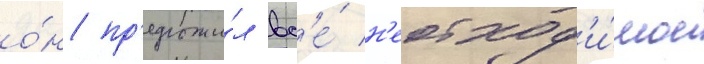
о́н пр'едложи́л вс'е́ н'еобход'и́мое